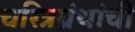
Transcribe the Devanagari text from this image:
चरित्रग्रंथांची